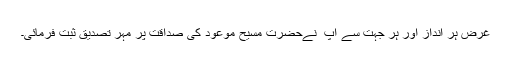
غرض ہر انداز اور ہر جہت سے آپ ؐ نےحضرت مسیح موعودؑ کی صداقت پر مہر تصدیق ثبت فرمائی۔